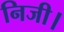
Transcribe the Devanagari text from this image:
निजी।